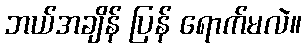
ဘယ်အချိန် ပြန် ရောက်မလဲ။